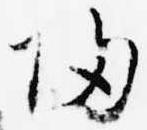
帰